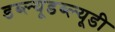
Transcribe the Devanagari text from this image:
डब्ल्यूडब्ल्यूडी